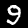
Label: 9